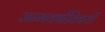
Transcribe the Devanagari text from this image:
जन्मवर्षाविषयी